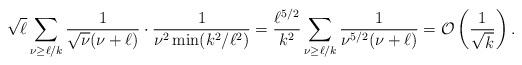
LaTeX: \begin{align*}\sqrt{\ell}\sum_{\nu\geq \ell/k} \frac{1}{\sqrt{\nu}(\nu+\ell)}\cdot\frac{1}{\nu^2\min(k^2/\ell^2)} = \frac{\ell^{5/2}}{k^2}\sum_{\nu\geq \ell/k}\frac{1}{\nu^{5/2}(\nu+\ell)} =\mathcal{O}\left(\frac{1}{\sqrt{k}}\right).\end{align*}